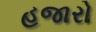
હજારો